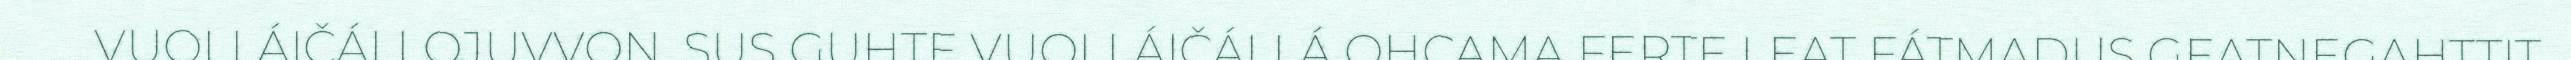
VUOLLÁIČÁLLOJUVVON. SUS GUHTE VUOLLÁIČÁLLÁ OHCAMA FERTE LEAT FÁTMADUS GEATNEGAHTTIT